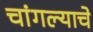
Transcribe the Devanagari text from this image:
चांगल्याचे